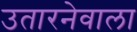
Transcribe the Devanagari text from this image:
उतारनेवाला